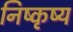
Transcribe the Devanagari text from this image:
निष्कृष्य